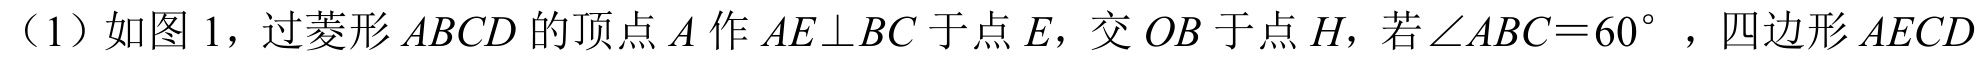
（1）如图 1，过菱形\(ABCD\)的顶点\(A\)作\(AE\perp BC\)于点\(E\)，交\(OB\)于点\(H\)，若\(\angle ABC = 60^{\circ}\)，四边形\(AECD\)